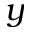
y